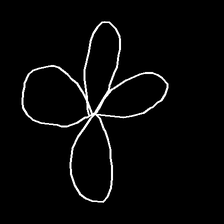
Glyph: billowing